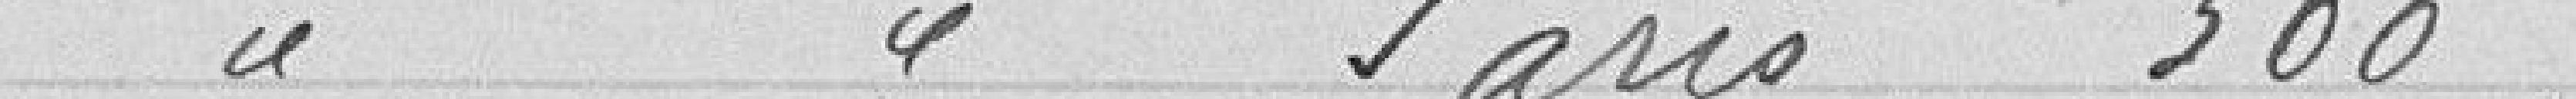
Paris 360